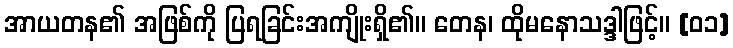
အာယတန၏ အဖြစ်ကို ပြရခြင်းအကျိုးရှိ၏။ တေန၊ ထိုမနောသဒ္ဒါဖြင့်။ [၀၁]